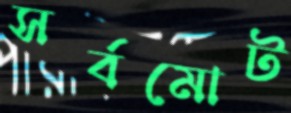
সর্বমোট